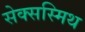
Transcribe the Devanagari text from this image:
सेक्सस्मिथ